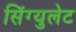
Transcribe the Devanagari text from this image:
सिंग्युलेट